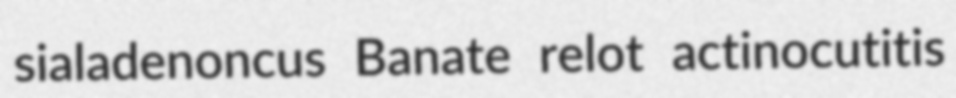
sialadenoncus Banate relot actinocutitis